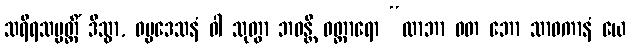
သရီရသမ္ပတ္တိံ ဒိသွာ, ဓမ္မဒေသနံ ဝါ သုတွာ ဘဝန္တိ ဝတ္တာရော “လာဘာ ဝတ ဘော သာဝကာနံ ယေ